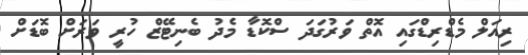
ރިއަލް މެޑްރިޑްގައި އޮތް ވަރުގަދަ ސްކޮޑާ މެދު ބެނިޓޭޒް ހުރީ ވަރަށް ބޮޑަށް